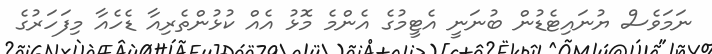
ނަމަވެސް ޔުނައިޓެޑުން ބުނަނީ އެޓީމުގެ އެންމެ މޮޅު އެއް ކުޅުންތެރިއާ ޑެހެއާ މިފަހަރުގެ